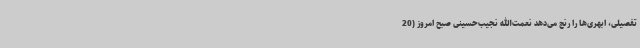
تفصیلی، ابهری‌ها را رنج می‌دهد نعمت‌الله نجیب‌حسینی صبح امروز (20